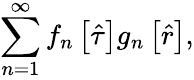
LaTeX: \sum_{n=1}^{\infty}f_{n}\left[\hat{\tau}\right]g_{n}\left[\hat{r}\right],